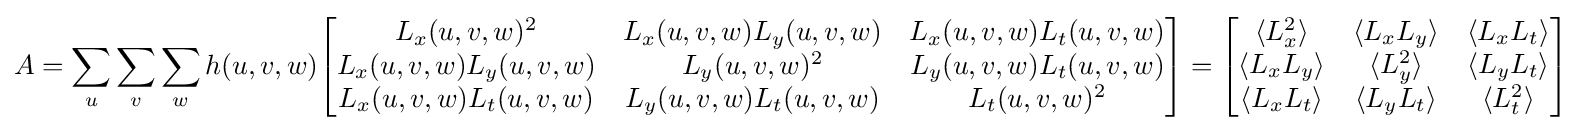
A=\sum _{u}\sum _{v}\sum _{w}h(u,v,w){\begin{bmatrix}L_{x}(u,v,w)^{2}&L_{x}(u,v,w)L_{y}(u,v,w)&L_{x}(u,v,w)L_{t}(u,v,w)\\L_{x}(u,v,w)L_{y}(u,v,w)&L_{y}(u,v,w)^{2}&L_{y}(u,v,w)L_{t}(u,v,w)\\L_{x}(u,v,w)L_{t}(u,v,w)&L_{y}(u,v,w)L_{t}(u,v,w)&L_{t}(u,v,w)^{2}\\\end{bmatrix}}={\begin{bmatrix}\langle L_{x}^{2}\rangle &\langle L_{x}L_{y}\rangle &\langle L_{x}L_{t}\rangle \\\langle L_{x}L_{y}\rangle &\langle L_{y}^{2}\rangle &\langle L_{y}L_{t}\rangle \\\langle L_{x}L_{t}\rangle &\langle L_{y}L_{t}\rangle &\langle L_{t}^{2}\rangle \\\end{bmatrix}}